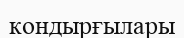
кондырғылары